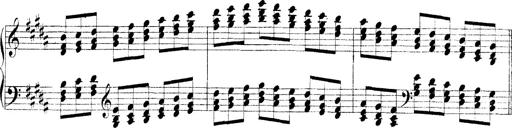
Title: Technische Studien
Composer: Franz Liszt